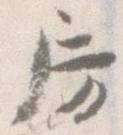
房